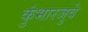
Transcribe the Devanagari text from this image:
कुंभारजुवे